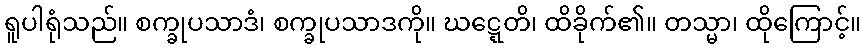
ရူပါရုံသည်။ စက္ခုပသာဒံ၊ စက္ခုပသာဒကို။ ဃဋ္ဋေတိ၊ ထိခိုက်၏။ တသ္မာ၊ ထိုကြောင့်။